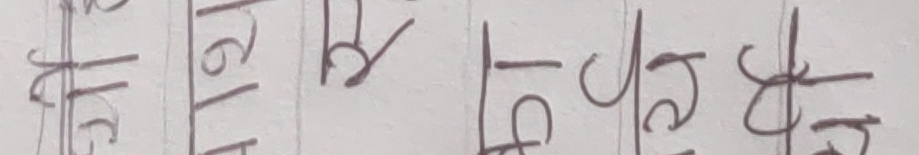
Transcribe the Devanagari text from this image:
मुक्त भृगी रु डि सु स्त